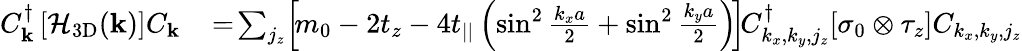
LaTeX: \begin{array}{rl}{C_{{\mathbf k}}^{\dagger}\left[{\cal H}_{\mathrm{3D}}({\mathbf k})\right]C_{{\mathbf k}}}&{{}\! =\! \sum_{j_{z}}\! \left[\! m_{0}-2t_{z}-4t_{||}\left(\sin^{2}\frac{k_{x}a}{2}+\sin^{2}\frac{k_{y}a}{2}\right)\! \right]\! C_{k_{x},k_{y},j_{z}}^{\dagger}[\sigma_{0}\otimes\tau_{z}]C_{k_{x},k_{y},j_{z}}}\end{array}